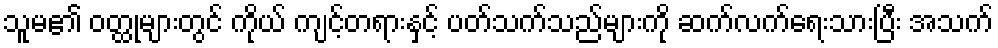
သူမ၏ ဝတ္ထုများတွင် ကိုယ် ကျင့်တရားနှင့် ပတ်သက်သည်များကို ဆက်လက်ရေးသားပြီး အသက်